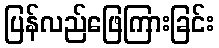
ပြန်လည်ဖြေကြားခြင်း